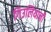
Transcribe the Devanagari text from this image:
गिउलियानी